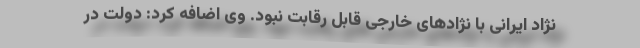
نژاد ایرانی با نژادهای خارجی قابل رقابت نبود. وی اضافه کرد: دولت در